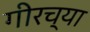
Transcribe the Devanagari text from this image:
गीरच्या